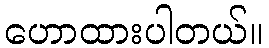
ဟောထားပါတယ်။